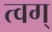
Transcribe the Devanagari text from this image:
त्वग्